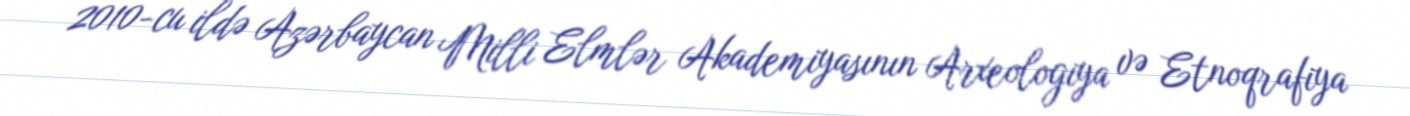
2010-cu ildə Azərbaycan Milli Elmlər Akademiyasının Arxeologiya və Etnoqrafiya